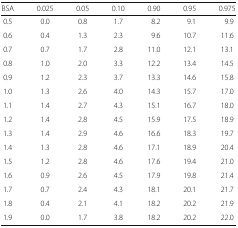
| BSA | 0.025 | 0.05 | 0.10 | 0.90 | 0.95 | 0.975 |
 | --- | --- | --- | --- | --- | --- | --- |
 | 0.5 | 0.0 | 0.8 | 1.7 | 8.2 | 9.1 | 9.9 |
 | 0.6 | 0.4 | 1.3 | 2.3 | 9.6 | 10.7 | 11.6 |
 | 0.7 | 0.7 | 1.7 | 2.8 | 11.0 | 12.1 | 13.1 |
 | 0.8 | 1.0 | 2.0 | 3.3 | 12.2 | 13.4 | 14.5 |
 | 0.9 | 1.2 | 2.3 | 3.7 | 13.3 | 14.6 | 15.8 |
 | 1.0 | 1.3 | 2.6 | 4.0 | 14.3 | 15.7 | 17.0 |
 | 1.1 | 1.4 | 2.7 | 4.3 | 15.1 | 16.7 | 18.0 |
 | 1.2 | 1.4 | 2.8 | 4.5 | 15.9 | 17.5 | 18.9 |
 | 1.3 | 1.4 | 2.9 | 4.6 | 16.6 | 18.3 | 19.7 |
 | 1.4 | 1.3 | 2.8 | 4.6 | 17.1 | 18.9 | 20.4 |
 | 1.5 | 1.2 | 2.8 | 4.6 | 17.6 | 19.4 | 21.0 |
 | 1.6 | 0.9 | 2.6 | 4.5 | 17.9 | 19.8 | 21.4 |
 | 1.7 | 0.7 | 2.4 | 4.3 | 18.1 | 20.1 | 21.7 |
 | 1.8 | 0.4 | 2.1 | 4.1 | 18.2 | 20.2 | 21.9 |
 | 1.9 | 0.0 | 1.7 | 3.8 | 18.2 | 20.2 | 22.0 |